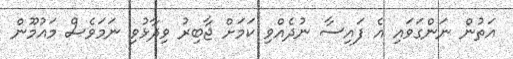
އަތުުން ނަންގަވައި އެ ފައިސާ ނުދެއްވި ކަމަށް ޖާބިރު ވިދާޅުވި ނަމަވެސް މައުމޫން